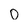
Character: O